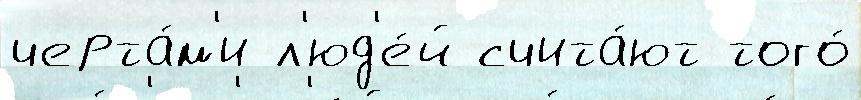
черта́м'и л'юд'е́й счита́ют того́